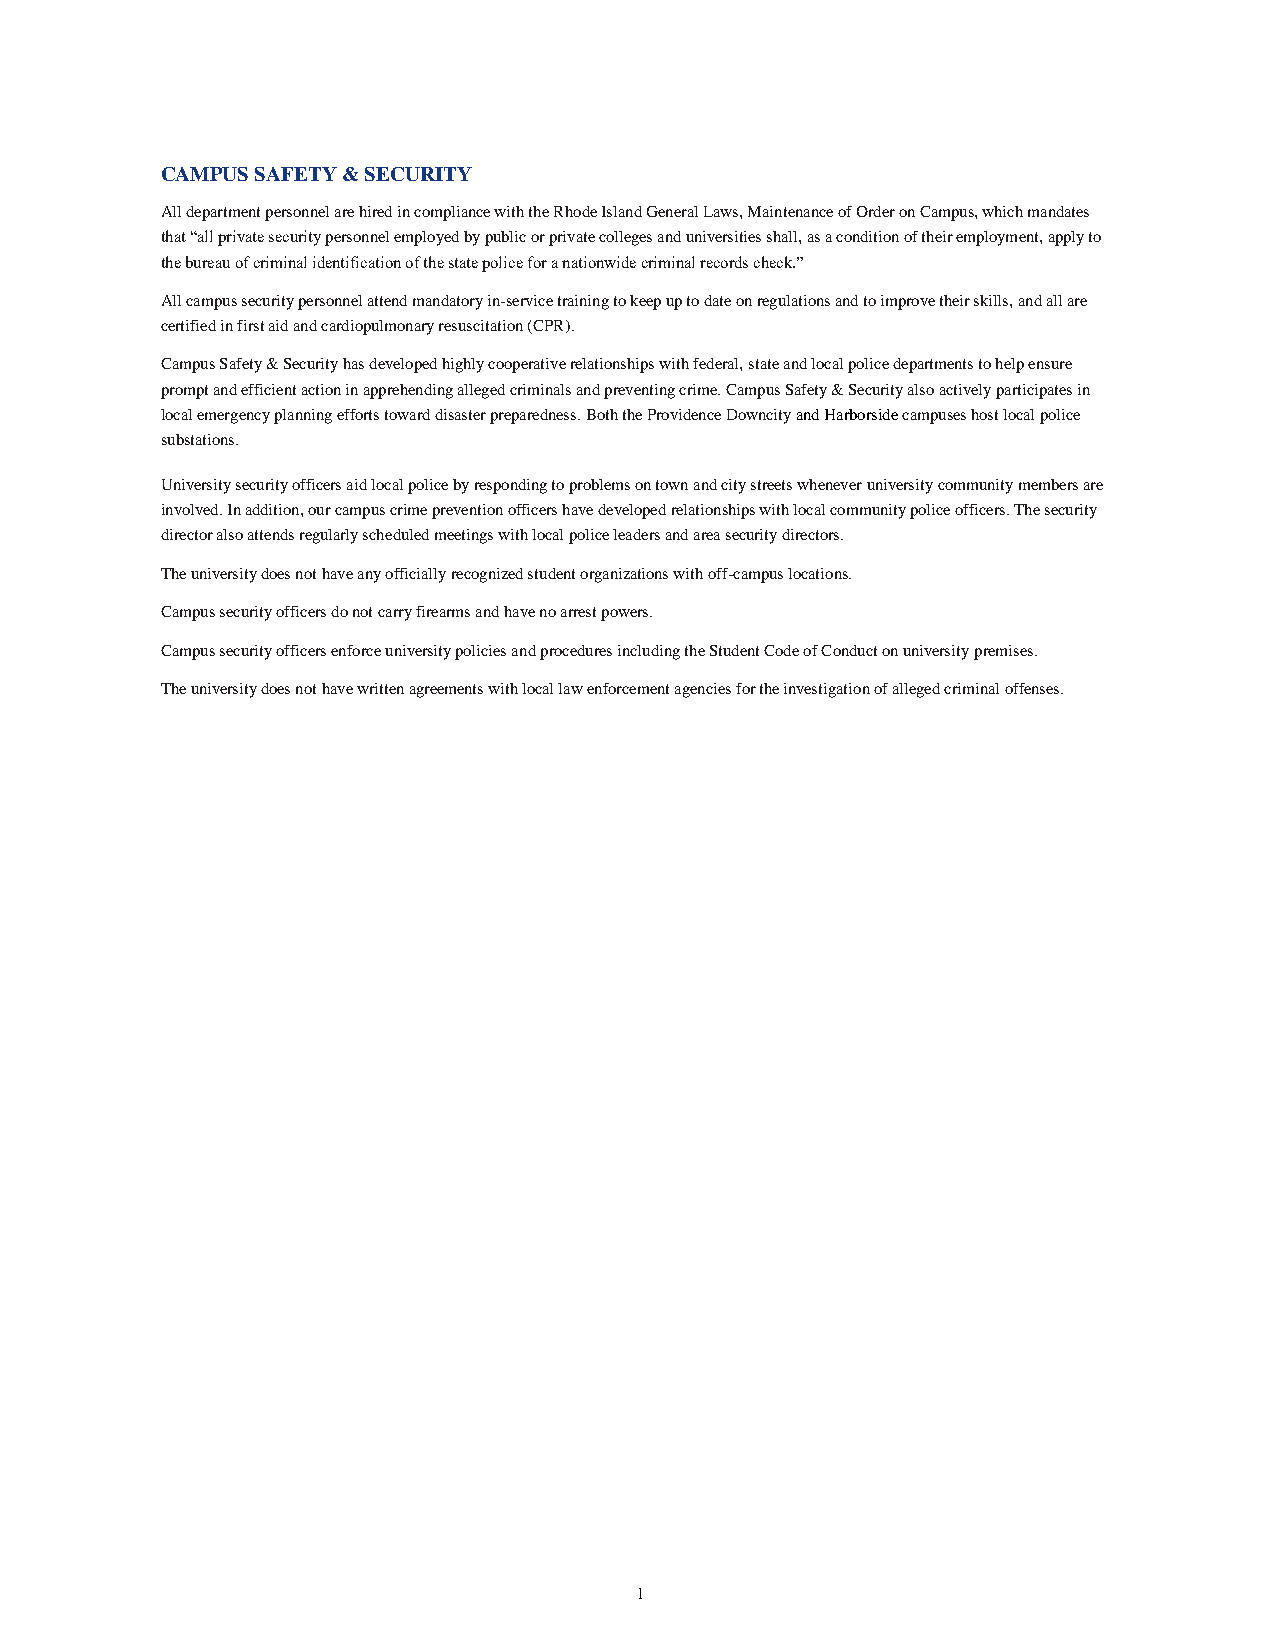
CAMPUS SAFETY & SECURITY
 All department personnel are hired in compliance with the Rhode Island General Laws, Maintenance of Order on Campus, which mandates
 that “all private security personnel employed by public or private colleges and universities shall, as a condition of their employment, apply to
 the bureau of criminal identification of the state police for a nationwide criminal records check.”
 All campus security personnel attend mandatory in-service training to keep up to date on regulations and to improve their skills, and all are
 certified in first aid and cardiopulmonary resuscitation (CPR).
 Campus Safety & Security has developed highly cooperative relationships with federal, state and local police departments to help ensure
 prompt and efficient action in apprehending alleged criminals and preventing crime. Campus Safety & Security also actively participates in
 local emergency planning efforts toward disaster preparedness. Both the Providence Downcity and Harborside campuses host local police
 substations.
 University security officers aid local police by responding to problems on town and city streets whenever university community members are
 involved. In addition, our campus crime prevention officers have developed relationships with local community police officers. The security
 director also attends regularly scheduled meetings with local police leaders and area security directors.
 The university does not have any officially recognized student organizations with off-campus locations.
 Campus security officers do not carry firearms and have no arrest powers.
 Campus security officers enforce university policies and procedures including the Student Code of Conduct on university premises.
 The university does not have written agreements with local law enforcement agencies for the investigation of alleged criminal offenses.
 1